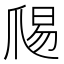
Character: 𭶱